Report on the working of the Ranchi Indian Mental Hospital, Kanke, in Bihar and Orissa - 1930-1940
Year: 1930
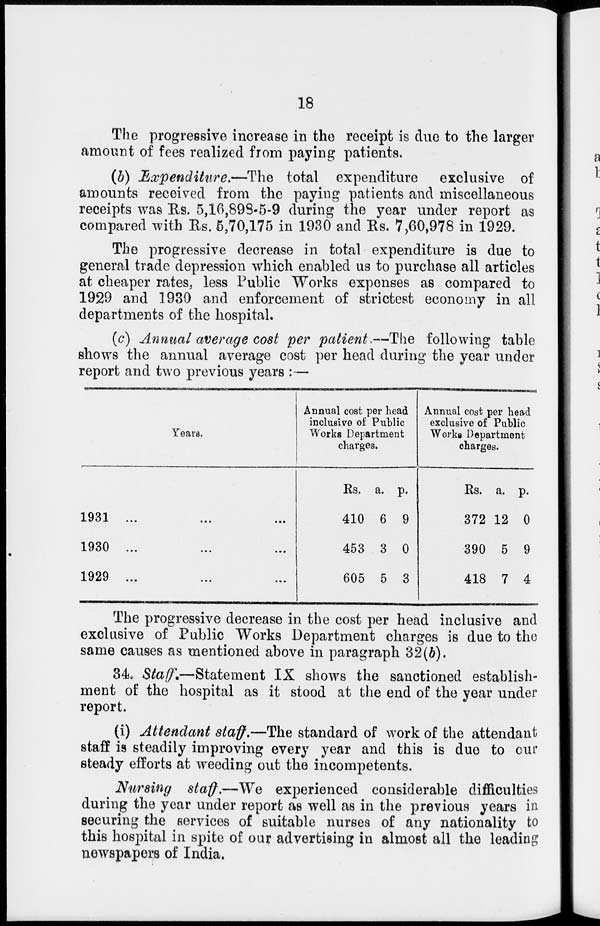
18
The progressive increase in the receipt is due to the larger
amount of fees realized from paying patients.
(b) Expenditure.—The total expenditure exclusive of
amounts received from the paying patients and miscellaneous
receipts was Rs. 5,16,898-5-9 during the year under report as
compared with Rs. 5,70,175 in 1930 and Rs. 7,60,978 in 1929.
The progressive decrease in total expenditure is due to
general trade depression which enabled us to purchase all articles
at cheaper rates, less Public Works expenses as compared to
1929 and 1930 and enforcement of strictest economy in all
departments of the hospital.
(c) Annual average cost per patient.—The following table
shows the annual average cost per head during the year under
report and two previous years :—
Years.
1931
...
...
...
1930
...
...
...
1929
...
...
...
Annual cost per head
inclusive of Public
Works Department
charges.
Rs.
410
453
605
a.
6
3
5
p.
9
0
3
Annual cost per head
exclusive of Public
Works Department
charges.
Rs.
372
390
418
a.
12
5
7
p.
0
9
4
The progressive decrease in the cost per head inclusive and
exclusive of Public Works Department charges is due to the
same causes as mentioned above in paragraph 32(b).
34. Staff.—Statement IX shows the sanctioned establish-
ment of the hospital as it stood at the end of the year under
report.
(i) Attendant staff.—The standard of work of the attendant
staff is steadily improving every year and this is due to our
steady efforts at weeding out the incompetents.
Nursing staff.—We experienced considerable difficulties
during the year under report as well as in the previous years in
securing the services of suitable nurses of any nationality to
this hospital in spite of our advertising in almost all the leading
newspapers of India.